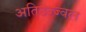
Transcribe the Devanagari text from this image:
अतिउज्ज्वल